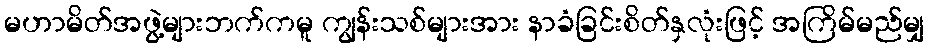
မဟာမိတ်အဖွဲ့များဘက်ကမူ ကျွန်းသစ်များအား နာခံခြင်းစိတ်နှလုံးဖြင့် အကြိမ်မည်မျှ